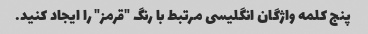
پنج کلمه واژگان انگلیسی مرتبط با رنگ "قرمز" را ایجاد کنید.